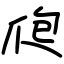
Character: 爮